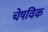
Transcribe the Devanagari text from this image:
चेषविक